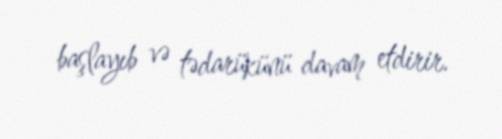
başlayıb və tədarükünü davam etdirir.